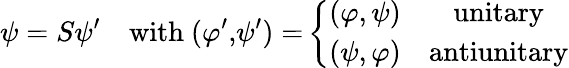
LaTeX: \psi=S\psi^{\prime\quad}\mathrm{with~(}\varphi^{\prime}\mathrm{,}\psi^{\prime}\mathrm{)=}\left\{ \begin{array}{cc}{{(\varphi,\psi)}}&{{\mathrm{unitary}}}\\ {{(\psi,\varphi)}}&{{\mathrm{antiunitary}}}\end{array}\right.